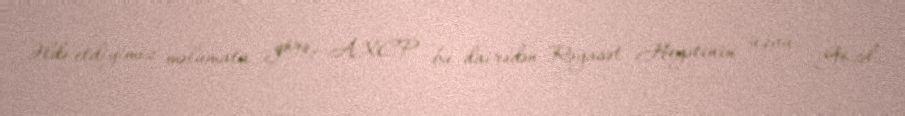
Əldə etdiyimiz məlumata görə, AXCP bu dairədən Rəyasət Heyətinin üzvü Gözəl